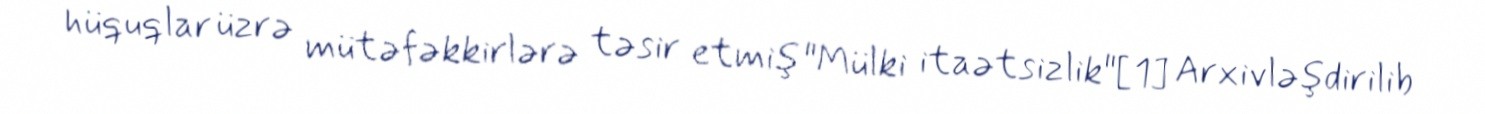
hüquqlar üzrə mütəfəkkirlərə təsir etmiş "Mülki itaətsizlik"[1] Arxivləşdirilib